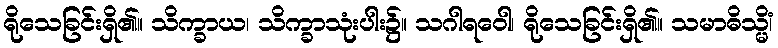
ရိုသေခြင်းရှိ၏။ သိက္ခာယ၊ သိက္ခာသုံးပါး၌။ သဂါရဝေါ၊ ရိုသေခြင်းရှိ၏။ သမာဓိသ္မိံ၊